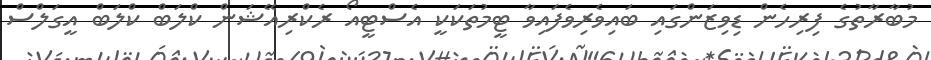
މުބާރާތުގެ ފިރިހެން ޑިވިޒަންގައި ބައިވެރިވެފައިވާ ޓީމުތަކަކީ އެސްޓީއޯ ރެކްރިއޭޝަން ކްލަބް ކްލަބް އީގަލްސް